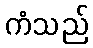
ကံသည်